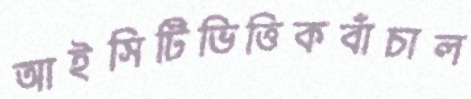
আইসিটিভিত্তিকবাঁচাল